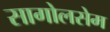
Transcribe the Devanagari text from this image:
सागोलसेम